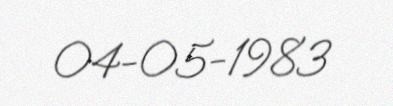
04-05-1983